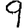
Digit: 9